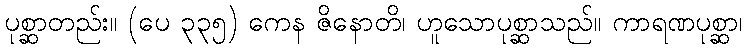
ပုစ္ဆာတည်း။ (ပေ ၃၃၅) ကေန ဇိနောတိ၊ ဟူသောပုစ္ဆာသည်။ ကာရဏပုစ္ဆာ၊